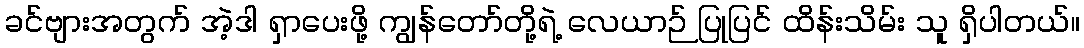
ခင်ဗျားအတွက် အဲ့ဒါ ရှာပေးဖို့ ကျွန်တော်တို့ရဲ့ လေယာဉ် ပြုပြင် ထိန်းသိမ်း သူ ရှိပါတယ်။